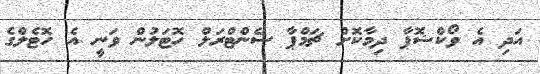
އަދި އެ ވޯކްޝޮޕާ ދިމާކޮށް ޗަމްޕާ ސެންޓްރަލް ހޮޓަލުން ވަނީ އެ ހޮޓެލްގެ